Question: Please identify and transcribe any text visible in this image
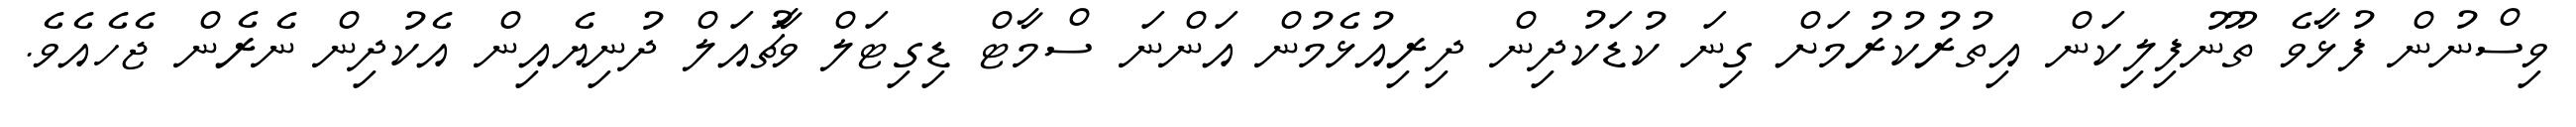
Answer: ވިސްނުން ފުޅާވެ ތޫނުފިލިކަން އިތުރުކުރުމަށް ގިނަ ކުޑަކުދިން ދިރިއުޅެމުން އަންނަ ސްމާޓް ޑިގިޓަލް ވާޗުއަލް ދުނިޔެއިން އެކުދިން ނެރެން ޖެހެއެވެ.